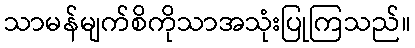
သာမန်မျက်စိကိုသာအသုံးပြုကြသည်။